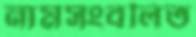
নামসংবলিত